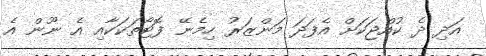
އަދި ދެ ކުއްޖަކަށް އެފަދަ މަންޒަރު ހިމެނޭ ފޮޓޯތަކަކާއި އެ ނޫން އެ